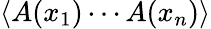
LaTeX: \langle A(x_{1})\cdots A(x_{n})\rangle